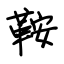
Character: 鞍